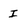
Character: I